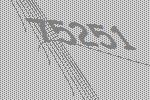
75251